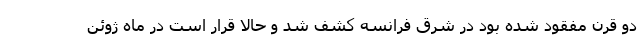
دو قرن مفقود شده بود در شرق فرانسه کشف شد و حالا قرار است در ماه ژوئن